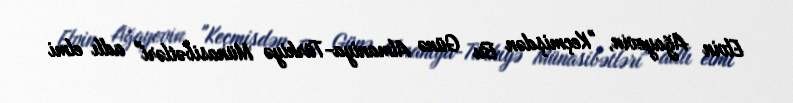
Elvin Ağayevin, "Keçmişdən Bu Günə Almaniya-Türkiyə Münasibətləri" adlı elmi